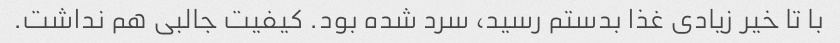
با تا خیر زیادی غذا بدستم رسید، سرد شده بود. کیفیت جالبی هم نداشت.